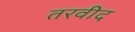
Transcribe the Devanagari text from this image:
तरवीद